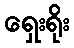
ရှေးရိုး